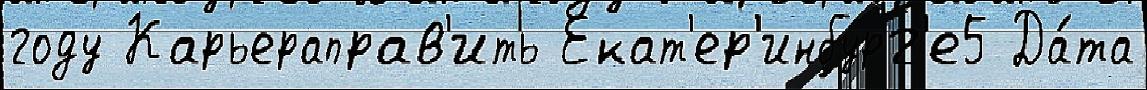
году Карьераправ'ить Екат'ер'инбург'е5 Да́та